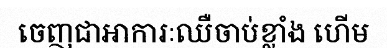
ចេញជាអាការៈឈឺចាប់ខ្លាំង ហើម